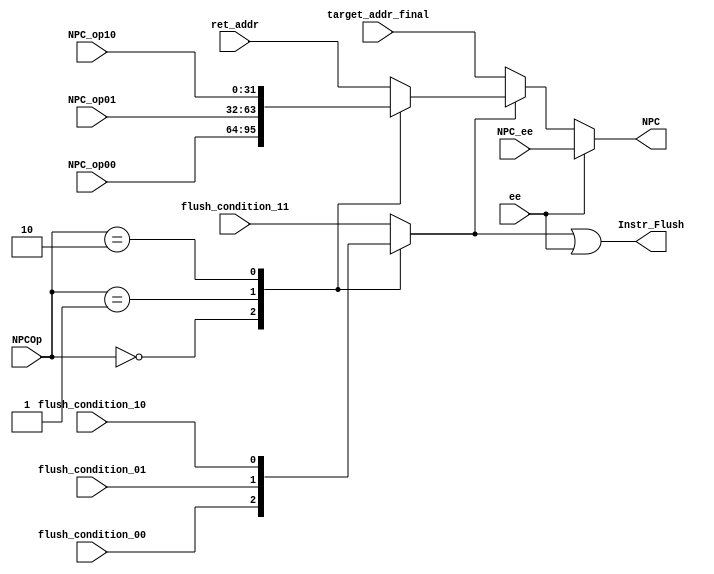
module npc(
	ret_addr, NPCOp, NPC_op00, NPC_op01, NPC_op10, flush_condition_00, flush_condition_01,
	flush_condition_10, flush_condition_11, target_addr_final, 
	ee, NPC_ee,

	Instr_Flush, NPC
	);

	input [31:0] 		ret_addr;
	input [1:0] 		NPCOp;
	input [31:0]		NPC_op00;
    input [31:0] 		NPC_op01;
    input [31:0] 		NPC_op10;
    input 				flush_condition_00;
    input 				flush_condition_01;
    input 				flush_condition_10;
    input 				flush_condition_11;
	input [31:0]		target_addr_final;
    input 				ee;
    input [31:0] 		NPC_ee;

	output reg [31:0] 	NPC;
	output 				Instr_Flush;

	reg [31:0] 			NPC_temp;
	reg 				branch_error;

	always@(NPCOp, NPC_op00, NPC_op01, NPC_op10, ret_addr) begin
			case(NPCOp)
				2'b00:	NPC_temp = NPC_op00;								//sequential execution
				2'b01:	NPC_temp = NPC_op01;								//branch
				2'b10:	NPC_temp = NPC_op10;								//jump
				default:NPC_temp = ret_addr;								//jump return
			endcase
	end

	always@(ee, NPC_ee, branch_error, NPC_temp, target_addr_final) begin
		if (ee) begin
			NPC = NPC_ee;
		end
		else if (branch_error) begin
			NPC = NPC_temp;
		end
		else begin
			NPC = target_addr_final;
		end
	end

	always@(NPCOp, flush_condition_00, flush_condition_01, flush_condition_10, flush_condition_11)
		case(NPCOp)
			2'b00:	branch_error = flush_condition_00;
			2'b01:	branch_error = flush_condition_01;
			2'b10:	branch_error = flush_condition_10;
			default:branch_error = flush_condition_11;
		endcase

	assign Instr_Flush = branch_error | ee;
	
endmodule


module flush(
	MEM1_ee, can_go,

	PC_Flush,PF_Flush,IF_Flush,ID_Flush,
	EX_Flush,MEM1_Flush,MEM2_Flush
	);
	input 			MEM1_ee;
	input 			can_go;

	output 			IF_Flush;
	output 			ID_Flush;
	output 			EX_Flush;
	output 			PC_Flush;
	output 			MEM1_Flush;
	output 			MEM2_Flush;
	output 			PF_Flush;

	assign IF_Flush =  MEM1_ee ;
	assign ID_Flush = MEM1_ee ;
	assign EX_Flush = MEM1_ee ;
	assign MEM1_Flush = MEM1_ee &can_go;
	assign PC_Flush = 1'b0 ;
	assign MEM2_Flush = 1'b0;
	assign PF_Flush = 1'b0 ;

endmodule